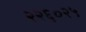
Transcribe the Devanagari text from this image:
२२६०२५